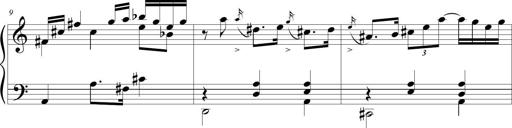
Title: Beatrice Bellaboomboom
Composer: Michel Rondeau
Key: A minor